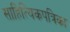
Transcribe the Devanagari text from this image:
साहित्यिकपत्रिका